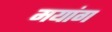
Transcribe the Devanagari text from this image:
मयांग